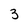
Character: 3